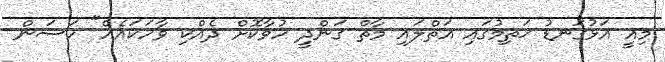
މިއީ އަޅުގަނޑު ޚަތިމުގައި އަތްލައި މާތް ގަންދީ ހުވާކޮށް ދެއްކި ވާހަކައެއް" ހަސަން